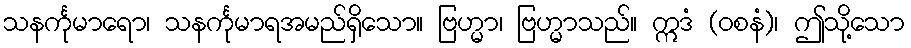
သနင်္ကုမာရော၊ သနင်္ကုမာရအမည်ရှိသော။ ဗြဟ္မာ၊ ဗြဟ္မာသည်။ ဣဒံ (ဝစနံ)၊ ဤသို့သော